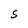
Character: S